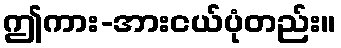
ဤကား-အားငယ်ပုံတည်း။